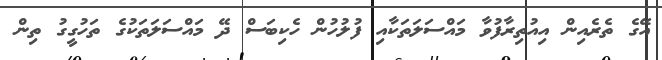
އޭގެ ތެރެއިން އިއުތިރާފުވާ މައްސަލަތަކާއި ފުލުހުން ހެކިބަސް ދޭ މައްސަލަތަކުގެ ތަހުގީގު ތިން